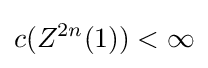
c(Z^{2n}(1))<\infty